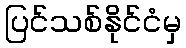
ပြင်သစ်နိုင်ငံမှ